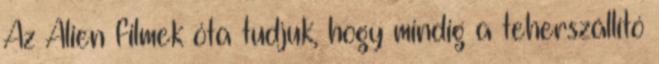
Az Alien filmek óta tudjuk, hogy mindig a teherszállító